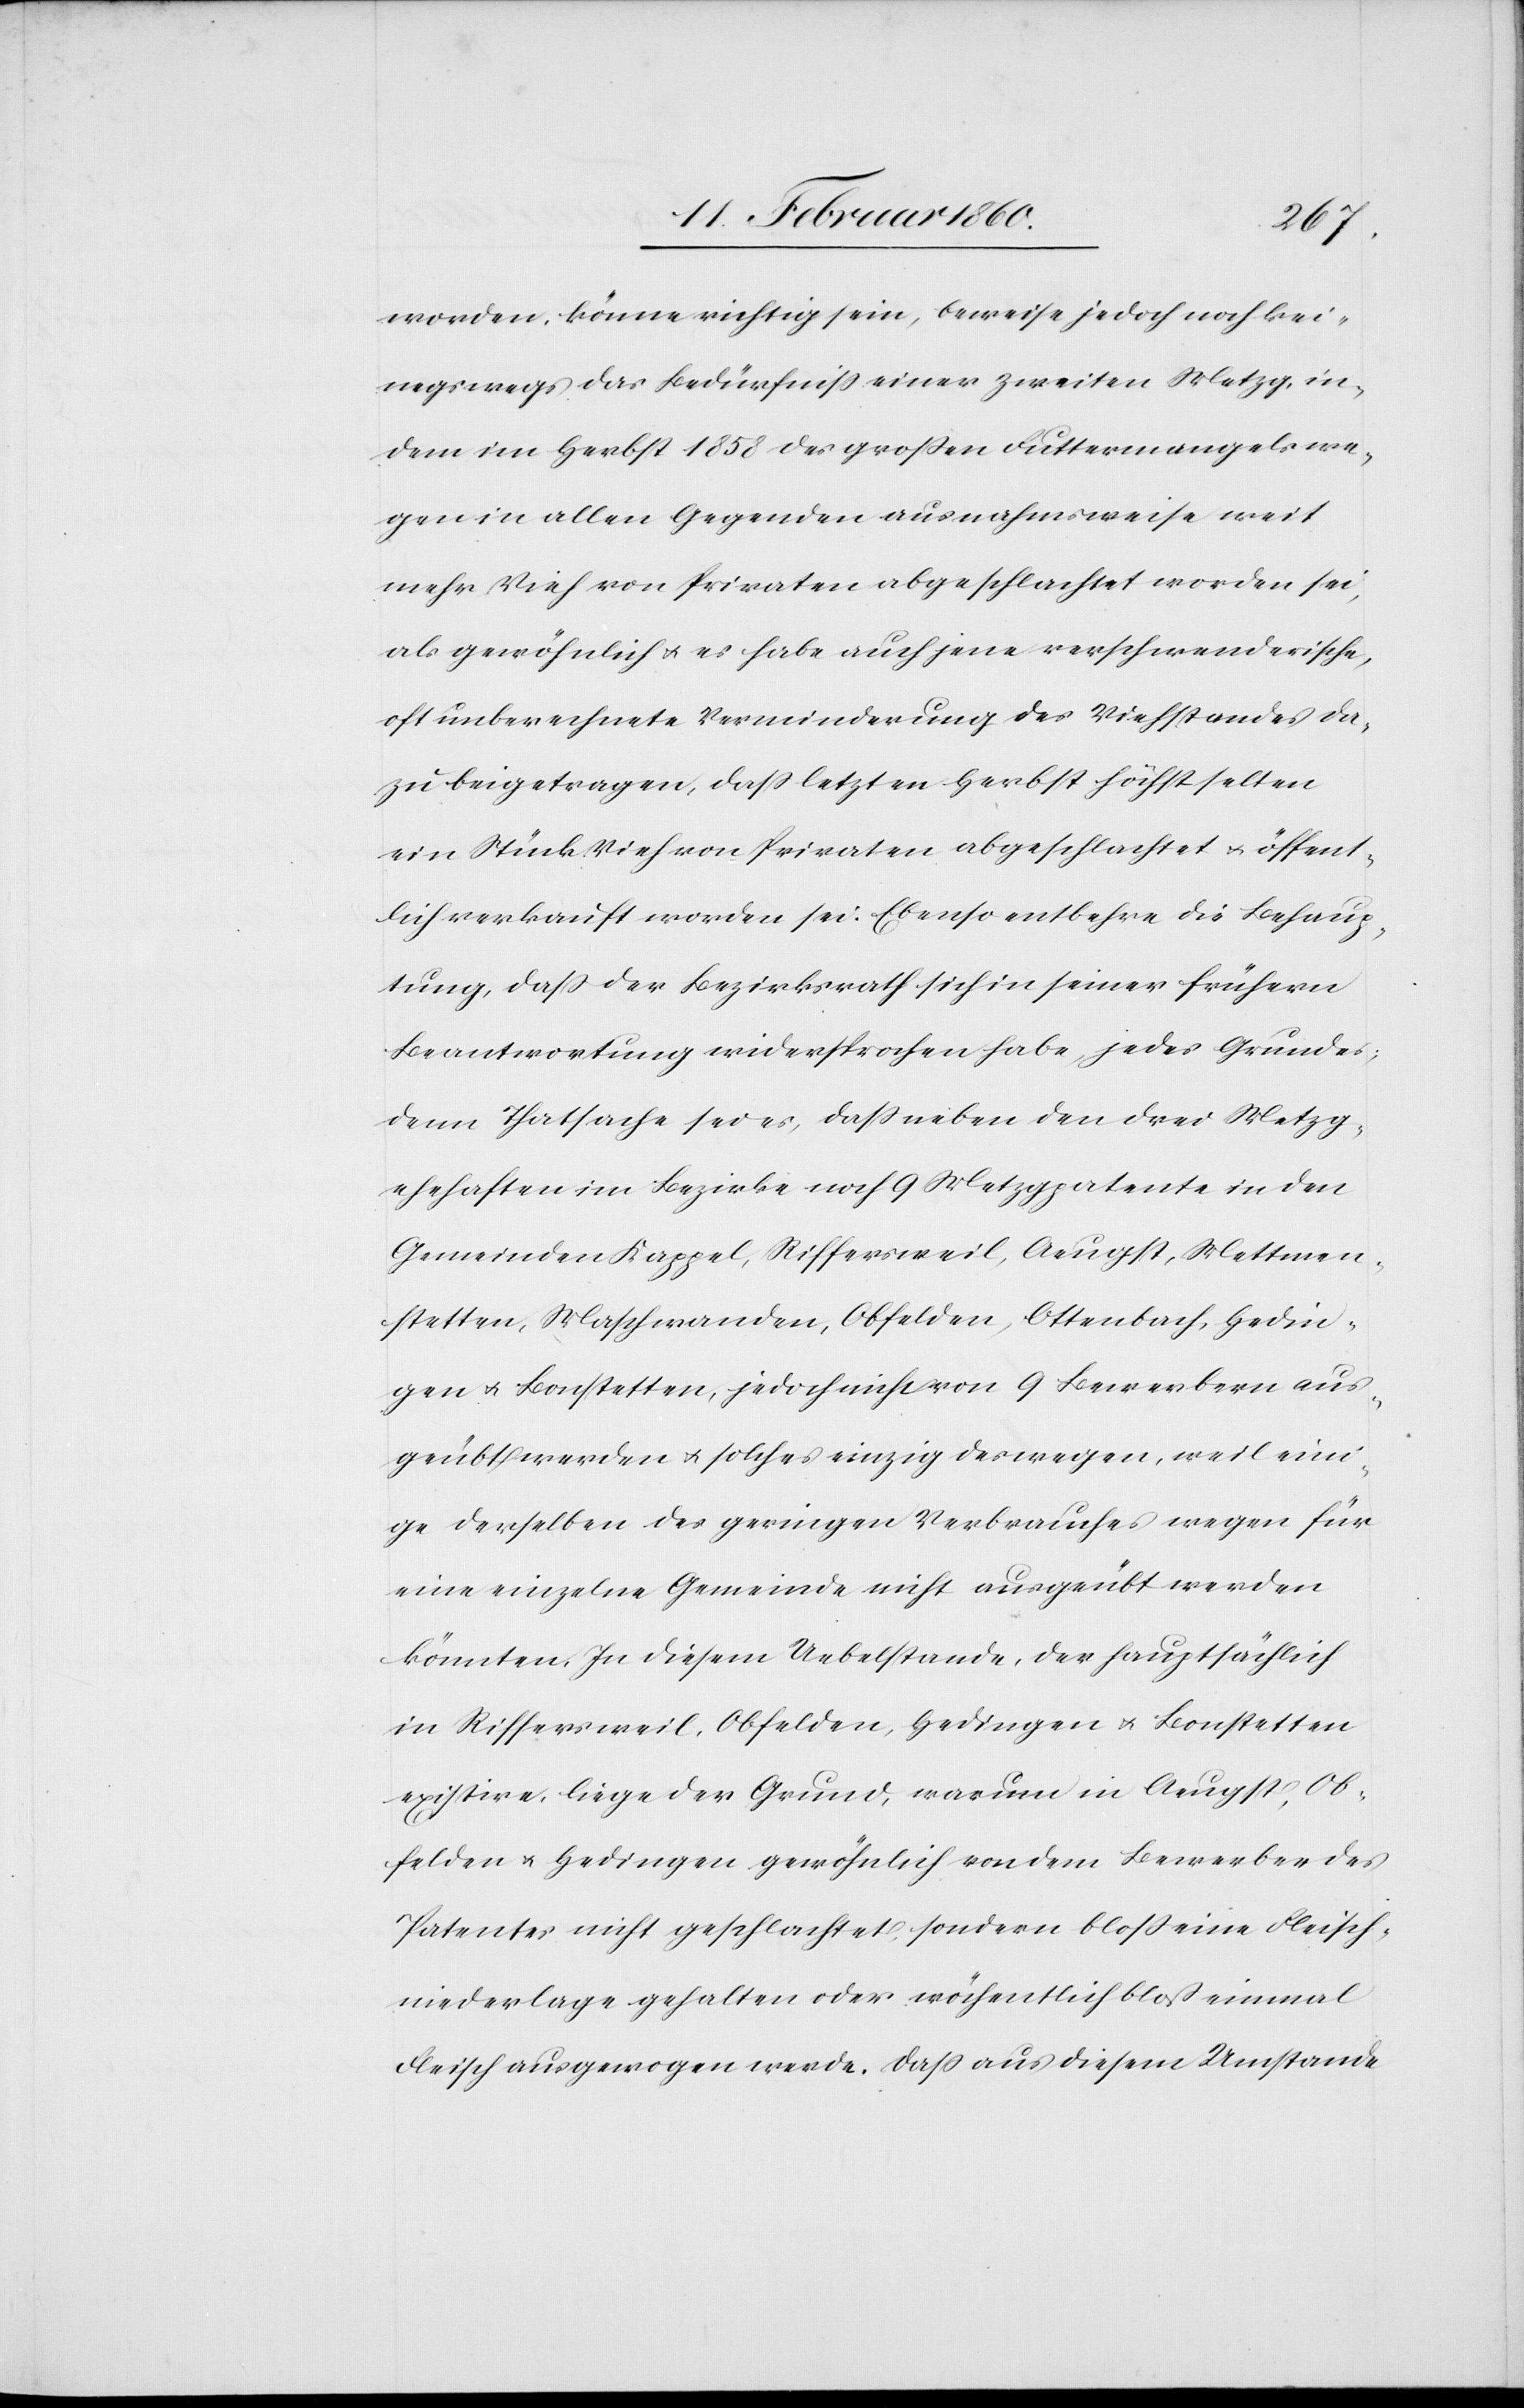
worden, könne richtig sein, beweise jedoch noch kei¬
neswegs das Bedürfniss einer zweiten Metzg, in¬
dem im Herbst 1858 des grossen Futtermangels we¬
gen in allen Gegenden ausnahmsweise weit
mehr Vieh von Privaten abgeschlachtet worden sei,
als gewöhnlich u. es habe auch jene verschwenderische,
oft unberechnete Verminderung des Viehstandes da¬
zu beigetragen, das letzten Herbst höchst selten
ein Stück Vieh von Privaten abgeschlachtet u. öffent¬
lich verkauft worden sei. Ebenso entbehre die Behaup¬
tung, dass der Bezirksrath sich in seiner frühern
Beantwortung widersprochen habe, jedes Grundes,
denn Thatsache sei es, dass neben den drei Metzg¬
ehehaften im Bezirke noch 9 Metzgpatente in den
Gemeinden Kappel, Riffersweil, Aeugst, Mettmen¬
stetten, Maschwanden, Obfelden, Ottenbach, Hedin¬
gen u. Bonstetten, jedoch nicht von 9 Bewerbern aus¬
geübt werden u. solches einzig deswegen, weil eini¬
ge derselben des geringen Verbrauches wegen für
eine einzelne Gemeinde nicht ausgeübt werden
könnten. In diesem Uebelstande, der hauptsächlich
in Riffersweil, Obfelden, Hedingen u. Bonstetten
existire, liege der Grund, warum in Aeugst, Ob¬
felden u. Hedingen gewöhnlich von dem Bewerber des
Patentes nicht geschlachtet sondern bloss eine Fleisch¬
niederlage gehalten oder wöchentlich bloss einmal
Fleisch ausgewogen werde. Dass aus diesem Umstande